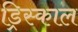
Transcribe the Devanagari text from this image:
ड्रिस्काल